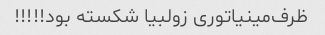
ظرف‌مینیاتوری زولبیا شکسته بود!!!!!